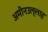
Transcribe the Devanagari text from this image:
अमीनउल्लाह